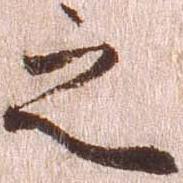
之